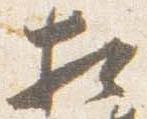
相